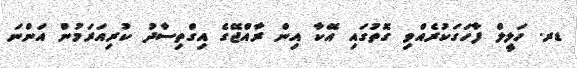
ޑރ. ހަލީލް ފާހަގަކުރެއްވި ގޮތުގައި އޭކާ އިން ރާއްޖޭގެ އިގްތިސާދު ކުރިއަރަމުން އަންނަ